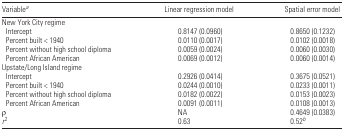
<table><thead><tr><td><b>Variable<i><sup>a</sup></i></b></td><td><b>Linear regression model</b></td><td><b>Spatial error model</b></td></tr></thead><tbody><tr><td colspan="3">New York City regime</td></tr><tr><td> Intercept</td><td>0.8147 (0.0960)</td><td>0.8650 (0.1232)</td></tr><tr><td> Percent built &lt; 1940</td><td>0.0110 (0.0017)</td><td>0.0102 (0.0018)</td></tr><tr><td> Percent without high school diploma</td><td>0.0059 (0.0024)</td><td>0.0060 (0.0030)</td></tr><tr><td> Percent African American</td><td>0.0069 (0.0012)</td><td>0.0060 (0.0014)</td></tr><tr><td colspan="3">Upstate/Long Island regime</td></tr><tr><td> Intercept</td><td>0.2926 (0.0414)</td><td>0.3675 (0.0521)</td></tr><tr><td> Percent built &lt; 1940</td><td>0.0244 (0.0010)</td><td>0.0233 (0.0011)</td></tr><tr><td> Percent without high school diploma</td><td>0.0182 (0.0022)</td><td>0.0153 (0.0023)</td></tr><tr><td> Percent African American</td><td>0.0091 (0.0011)</td><td>0.0108 (0.0013)</td></tr><tr><td>ρ</td><td>NA</td><td>0.4649 (0.0383)</td></tr><tr><td><i>r</i><sup>2</sup></td><td>0.63</td><td>0.52<i><sup>b</sup></i></td></tr></tbody></table>